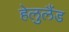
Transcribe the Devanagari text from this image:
हेलुलैंड